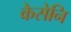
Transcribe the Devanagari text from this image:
कैसेनि